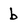
Character: b